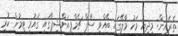
ތެރެއިން: މިދިޔަ މަހު މާލޭގައި ބޭއްވި ސާފް ޗެމްޕިއަންޝިޕްގައި ގައުމީ ޓީމުން ކުރި